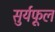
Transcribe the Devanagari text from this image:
सुर्यफूल